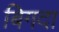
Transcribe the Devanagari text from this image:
बिगदा